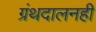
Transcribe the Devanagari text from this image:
ग्रंथदालनही